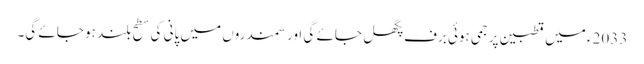
2033ء میں قطبین پر جمی ہوئی برف پگھل جائے گی اور سمندروں میں پانی کی سطح بلند ہو جائے گی۔